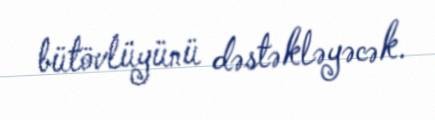
bütövlüyünü dəstəkləyəcək.